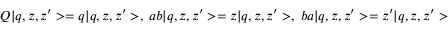
Q | q , z , z ^ { \prime } > = q | q , z , z ^ { \prime } > , \; a b | q , z , z ^ { \prime } > = z | q , z , z ^ { \prime } > , \; b a | q , z , z ^ { \prime } > = z ^ { \prime } | q , z , z ^ { \prime } >